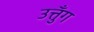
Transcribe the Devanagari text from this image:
उत्तुँग